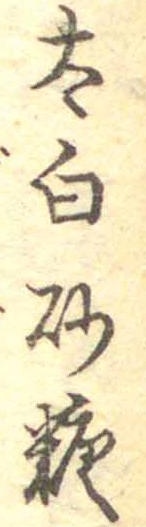
太白砂糖